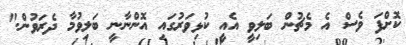
ކޮށްފަ ވެސް އެ މެޗުން ބަލިވީ އެއީ ކުޅިވަރުގައި އޮންނާނީ ބަލިވުމާ ދެރަވުން."